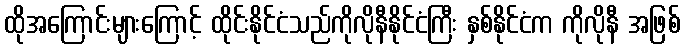
ထိုအကြောင်းများကြောင့် ထိုင်းနိုင်ငံသည်ကိုလိုနီနိုင်ငံကြီး နှစ်နိုင်ငံက ကိုလိုနီ အဖြစ်